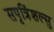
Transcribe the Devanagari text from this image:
सपृत्रिंशल्सु